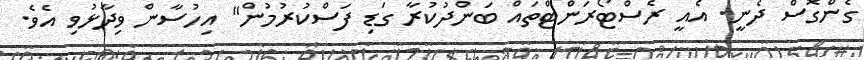
ގެންގޮސް ދެނީ. އެއީ ރެސްޓޯރަންޓްތައް ބަންދުކުރާ ގަޑި ފަސްކުރުމުން" އިހުސާން ވިދާޅުވި އެވެ.